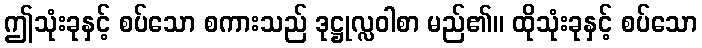
ဤသုံးခုနှင့် စပ်သော စကားသည် ဒုဋ္ဌုလ္လဝါစာ မည်၏။ ထိုသုံးခုနှင့် စပ်သော